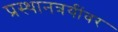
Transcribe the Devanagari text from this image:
प्रस्थानत्रयींवर